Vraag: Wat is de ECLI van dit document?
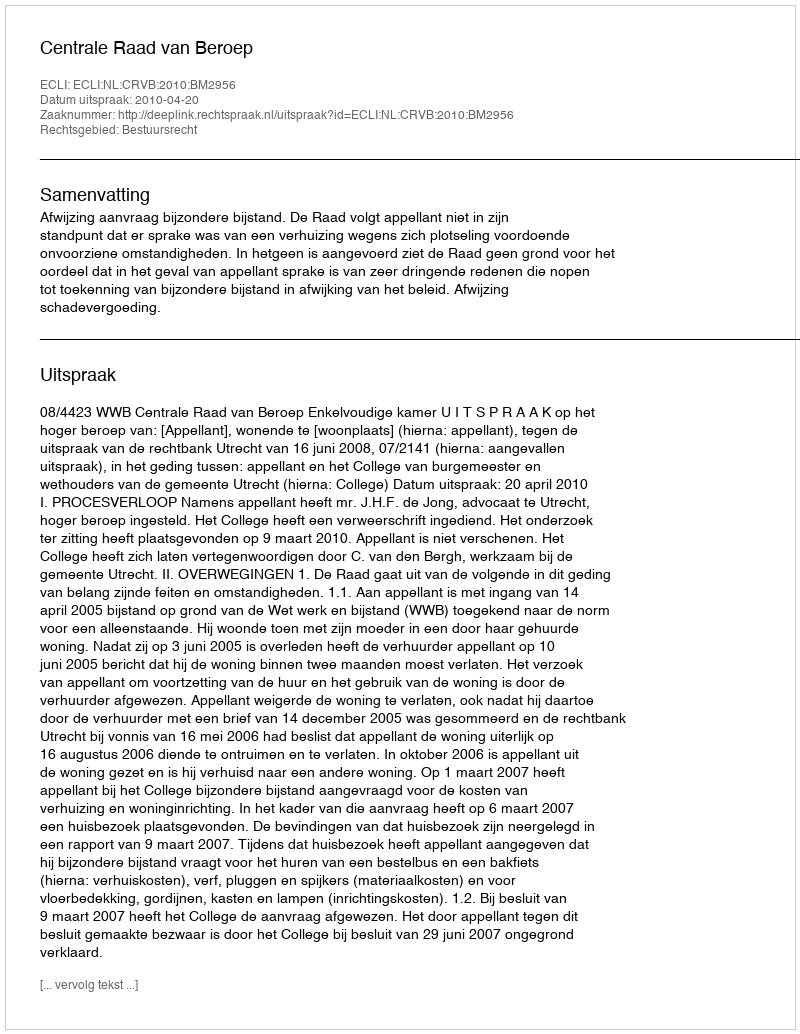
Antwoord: ECLI:NL:CRVB:2010:BM2956